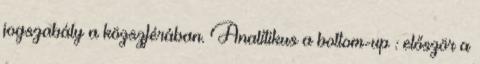
jogszabály a közszférában. Analítikus a bottom-up : először a